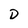
Character: D